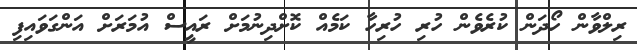
ރިލްވާން ހޯދަން ކުރެވެން ހުރި ހުރިހާ ކަމެއް ކޮށްދިނުމަށް ރައީސް އުމަރަށް އަންގަވައިފި